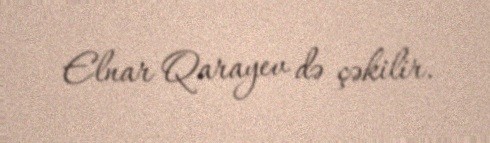
Elnar Qarayev də çəkilir.